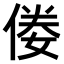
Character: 𠊶